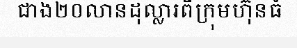
ជាង២០លានដុល្លារពីក្រុមហ៊ុនធំ